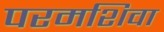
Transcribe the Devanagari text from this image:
परमशिवा